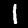
Label: 1